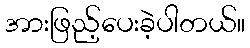
အားဖြည့်ပေးခဲ့ပါတယ်။